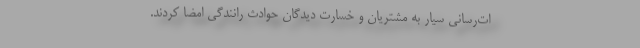
ات‌رسانی سیار به مشتریان و خسارت دیدگان حوادث رانندگی امضا کردند.